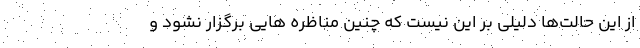
از این حالت‌ها دلیلی بر این نیست که چنین مناظره هایی برگزار نشود و